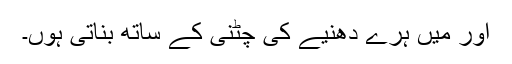
اور میں ہرے دھنیے کی چٹنی کے ساتھ بناتی ہوں۔